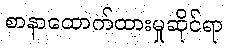
စာနာထောက်ထားမှုဆိုင်ရာ